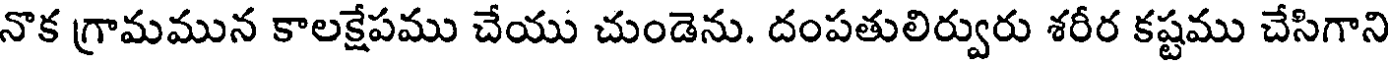
నొక గ్రామమున కాలక్షేపము చేయు చుండెను. దంపతులిర్వురు శరీర కష్టము చేసిగాని